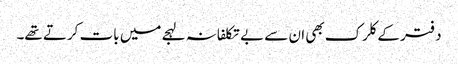
دفتر کے کلرک بھی ان سے بے تکلفانہ لہجے میں بات کرتے تھے۔